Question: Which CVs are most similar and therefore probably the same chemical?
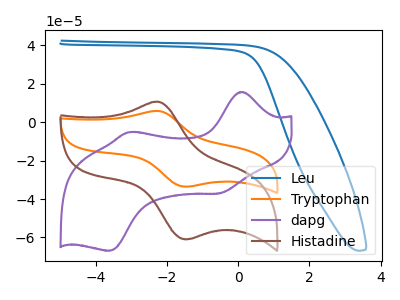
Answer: <think>The blue curve "Leu" has no peaks. The orange curve "Tryptophan" has an anodic peak at (-2.25V, 5.85uA) and a cathodic peak at (-1.40V, -33.50uA). The purple curve "dapg" has anodic peaks at (0.15V, 15.80uA) (-3.05V, -5.15uA) and cathodic peaks at (-0.55V, -37.05uA) (-3.60V, -66.90uA). The brown curve "Histadine" has an anodic peak at (-2.25V, 10.65uA) and a cathodic peak at (-1.40V, -60.85uA).
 "Leu" and "Tryptophan" have a different number of peaks. "Leu" and "dapg" have a different number of peaks. "Leu" and "Histadine" have a different number of peaks. "Tryptophan" and "dapg" have a different number of peaks. All the peaks in "Tryptophan" have a peak in "Histadine" at the same potential. Every peak in "Tryptophan" is lower than every peak in "Histadine". "dapg" and "Histadine" have a different number of peaks.</think>
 <answer>"Histadine" and "Tryptophan" have the same shape and are likely CV's of the same chemical.</answer>
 <eval>"Histadine" "Tryptophan"</eval>